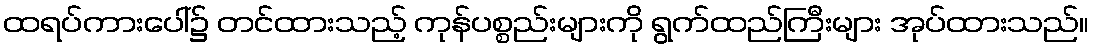
ထရပ်ကားပေါ်၌ တင်ထားသည့် ကုန်ပစ္စည်းများကို ရွက်ထည်ကြီးများ အုပ်ထားသည်။